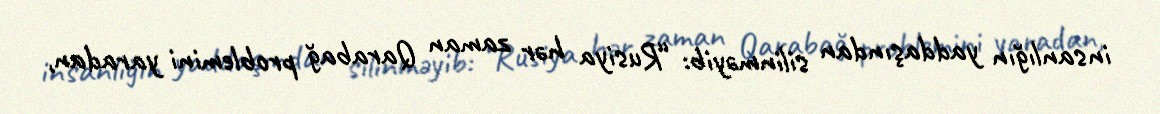
insanlığın yaddaşından silinməyib: “Rusiya hər zaman Qarabağ problemini yaradan,